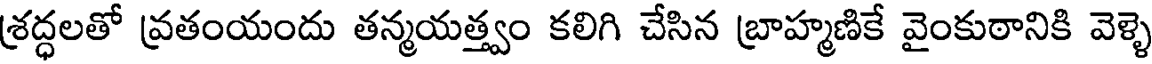
శ్రద్ధలతో వ్రతంయందు తన్మయత్త్వం కలిగి చేసిన బ్రాహ్మణికే వైంకుఠానికి వెళ్ళె